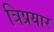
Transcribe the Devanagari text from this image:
त्रिप्रयार